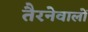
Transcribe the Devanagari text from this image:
तैरनेवालों